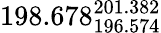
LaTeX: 198.678_{196.574}^{201.382}